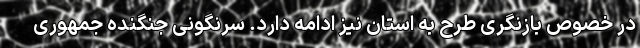
در خصوص بازنگری طرح به استان نیز ادامه دارد. سرنگونی جنگنده جمهوری